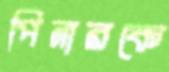
পিনারকে